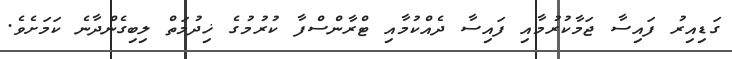
ގަޑިއިރު ފައިސާ ޖަމާކުރުމާއި ފައިސާ ދެއްކުމާއި ޓްރާންސްފާ ކުރުމުގެ ޚިދުމަތް ލިބިގެންދާނެ ކަމަށެވެ.